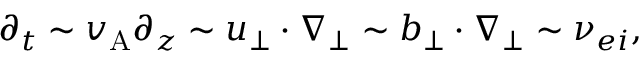
\partial _ { t } \sim v _ { \mathrm { A } } \partial _ { z } \sim \boldsymbol { u } _ { \perp } \cdot \nabla _ { \perp } \sim \boldsymbol { b } _ { \perp } \cdot \nabla _ { \perp } \sim \nu _ { e i } ,